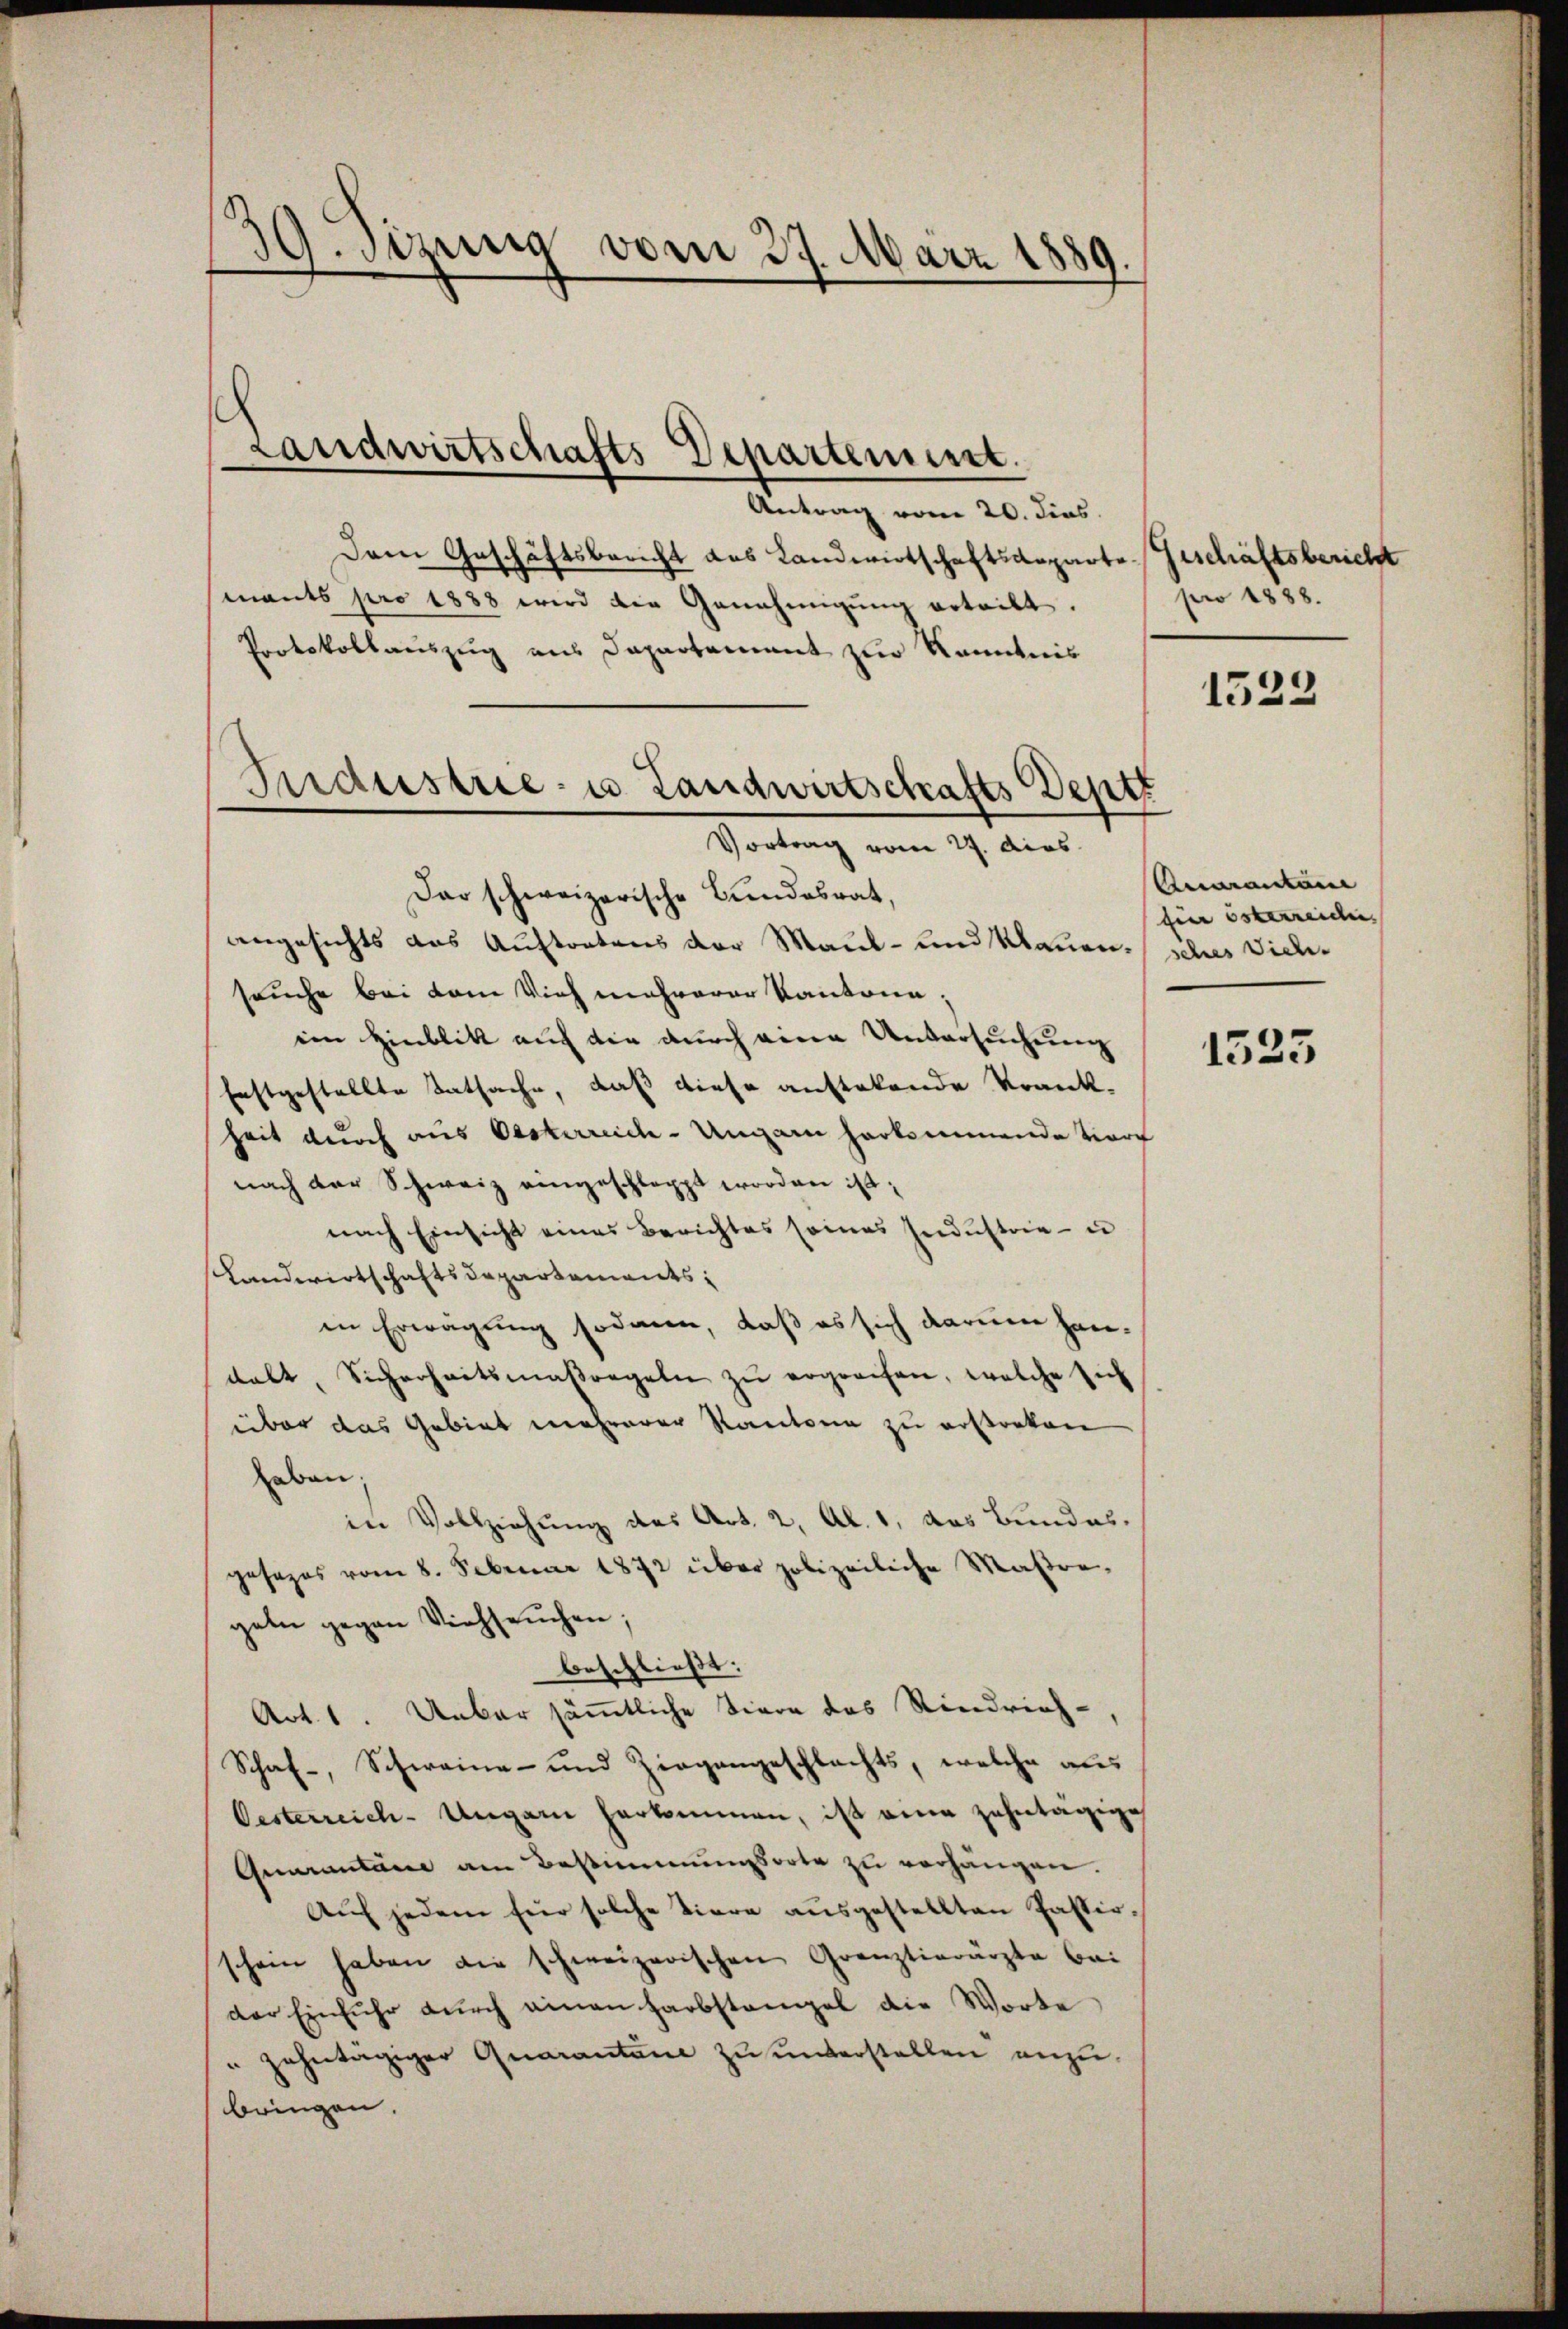
39. Sizung vom 27. März 1889.

Antrag vom 20. dies
Dem Geschäftsbericht das Landwirtschaftsdeparte Geschäftsbericht
mants pro 1888 wird die Genehmigŭng erteilt.
Protokollauszug aus Departement zur Kenntnis
Dar schweizerische Bundesrat,
angesichts das Auftretens der Maul- und Klauensches Viehsouche bei dem Vieh mehrerer Kantone;
ein Hinblik auf die durch eine Untersuchung
festgestellte Tatsache, daß diese auftelende Krank-
heit durch aus Oesterreich-Ungarn herkommende Vor
nach der Schweiz eingeschlappt worden ist;
nach Einsicht eines Berichtes seines Industrie - in
Landwirtschaftsdepartements,
in Erwägung sodann, daß es sich darum han-
dalt, Sicherheitsmaßregeln zŭ ergreifen, welche sich
über das Gebiet mehrerer Kantone zu erstreten
haben,
in Vollziehung des Art. 2, Al. 1, das Bundesgesezes vom 8. Februar 1872 über polizeiliche Maßregeln gegen Viehseuchen;
beschließt:
Art. 1. Ueber sämmtliche Tiere des Riedrich¬
Schaf-, Schweine und Ziegengeschlachts, welche aus
Oesterreich-Ungarn herkommen, ist eine zehntägige
Quarantane am Bestimmungsorte zu vorhängen.
Aŭf jedem für solche Viere aŭsgestellten Passirschein haben die schweizerischen Gränztierärzte bei
der Einfuhr dŭrch einen Farbstamel die Worte
" zehntägiger Quarantane zu unterstellen anzubringen.

Landwirtschafts-Departement.

Industrie u. Landwirtschafts Deptt
—
Vortrag vom 27. dies

pro 1888.

1523

Aevanten
fier österreichen |

1525